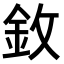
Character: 𫒋